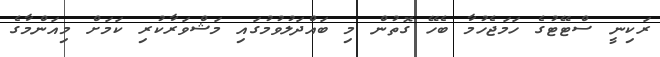
ރަކިނީ ސްޓޭޓުގެ ހަމަޖެހުމާ ބެހޭ ގޮތުން މި ބައްދަލުވުމުގައި މަޝްވަރާކުރި ކަމަށް މިއަންމާގެ